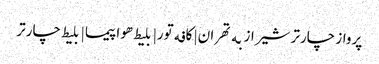
پرواز چارتر شیراز به تهران | کافه تور| بلیط هواپیما | بلیط چارتر